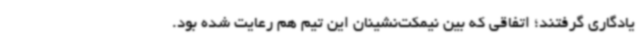
یادگاری گرفتند؛ اتفاقی که بین نیمکت‌نشینان این تیم هم رعایت شده بود.